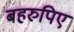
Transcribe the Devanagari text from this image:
बहरुपिए